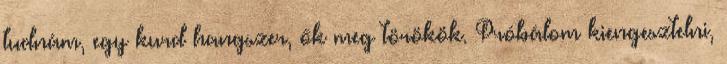
tudnám, egy kurd hangszer, ők meg törökök. Próbálom kiengesztelni,